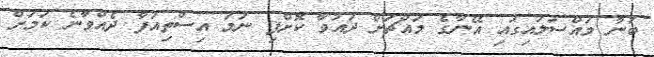
ބުނާ މައްސަލައިގައި އޭނާގެ މައްޗަށް ދައުވާ ކޮށްފި ނަމަ އިސްތިއުފާ ދެއްވާނެ ކަމަށް